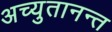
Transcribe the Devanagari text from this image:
अच्युतानन्त